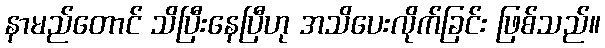
နာမည်တောင် သိပြီးနေပြီဟု အသိပေးလိုက်ခြင်း ဖြစ်သည်။